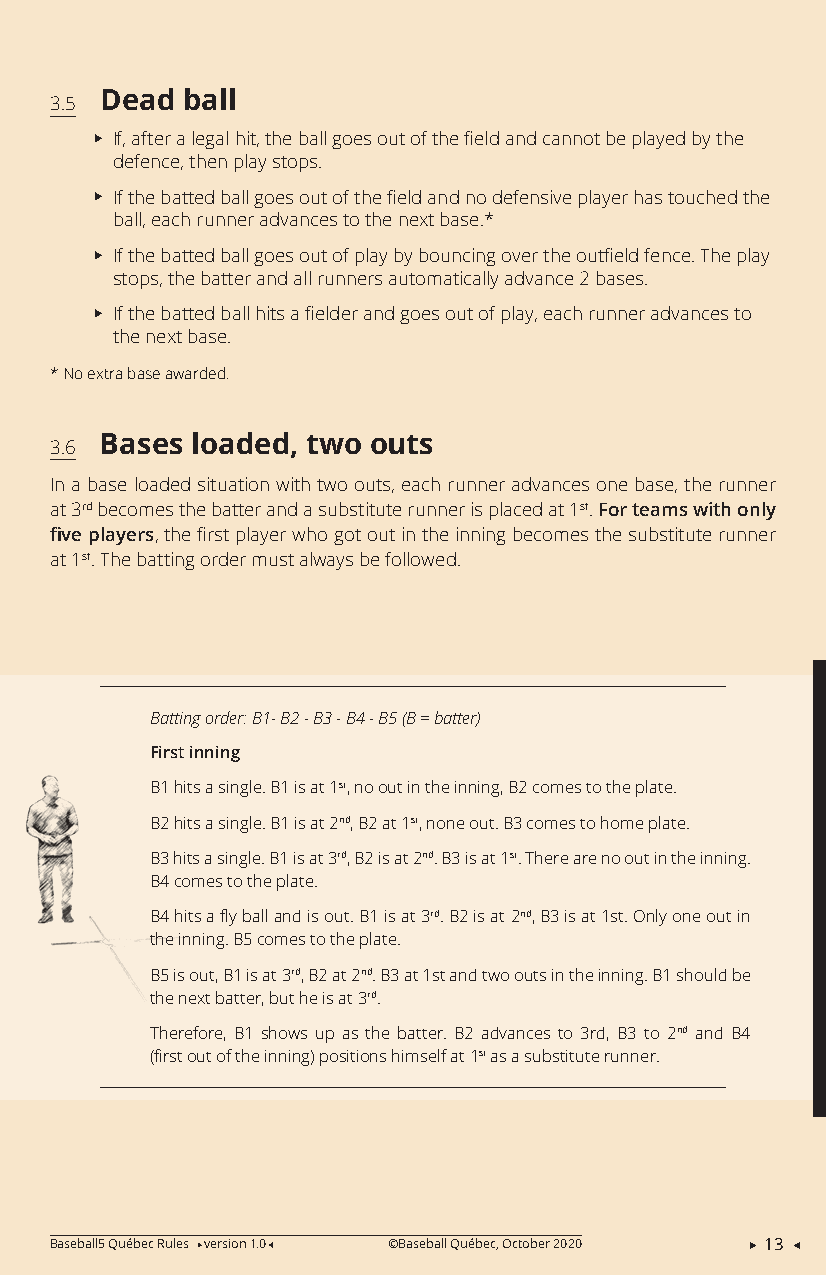
Dead ball
 3.5
 XXIf, after a legal hit, the ball goes out of the field and cannot be played by the
 defence, then play stops.
 XXIf the batted ball goes out of the field and no defensive player has touched the
 ball, each runner advances to the next base.*
 XXIf the batted ball goes out of play by bouncing over the outfield fence. The play
 stops, the batter and all runners automatically advance 2 bases.
 XXIf the batted ball hits a fielder and goes out of play, each runner advances to
 the next base.
 * No extra base awarded.
 Bases loaded, two outs
 3.6
 In a base loaded situation with two outs, each runner advances one base, the runner
 at 3rd becomes the batter and a substitute runner is placed at 1st. For teams with only
 five players, the first player who got out in the inning becomes the substitute runner
 at 1st. The batting order must always be followed.
 Batting order: B1- B2 - B3 - B4 - B5 (B = batter)
 First inning
 B1 hits a single. B1 is at 1st, no out in the inning, B2 comes to the plate.
 B2 hits a single. B1 is at 2nd, B2 at 1st, none out. B3 comes to home plate.
 B3 hits a single. B1 is at 3rd, B2 is at 2nd. B3 is at 1st. There are no out in the inning.
 B4 comes to the plate.
 B4 hits a fly ball and is out. B1 is at 3rd. B2 is at 2nd, B3 is at 1st. Only one out in
 the inning. B5 comes to the plate.
 B5 is out, B1 is at 3rd, B2 at 2nd. B3 at 1st and two outs in the inning. B1 should be
 the next batter, but he is at 3rd.
 Therefore, B1 shows up as the batter. B2 advances to 3rd, B3 to 2nd and B4
 (first out of the inning) positions himself at 1st as a substitute runner.
 Baseball5 Québec Rules version 1.0 ©Baseball Québec, October 2020  13 